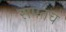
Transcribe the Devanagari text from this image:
संपतच